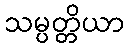
သမ္ပတ္တိယာ